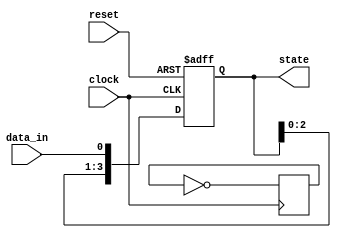
module edge_triggered_example (
    input wire clock,
    input wire reset,          // Asynchronous reset
    input wire data_in,       // Data input to be captured
    output reg [3:0] state    // Example state register
);

// Initial state of the register
initial begin
    state = 4'b0000;
end

// Synchronous block on rising edge of the clock
always @(posedge clock or posedge reset) begin
    if (reset) begin
        // Asynchronous reset: initialize state
        state <= 4'b0000;
    end
    else begin
        // Capture data input on rising edge and update state
        state <= {state[2:0], data_in}; // Shift left and insert new data
    end
end

// Synchronous block on falling edge of the clock
always @(negedge clock) begin
    // Example of a simple operation on falling edge
    // Here we can toggle the least significant bit of the state
    state[0] <= ~state[0];
end

endmodule